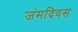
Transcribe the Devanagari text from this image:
जंमदिवस